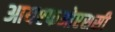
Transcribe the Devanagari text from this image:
आयएफओएससी